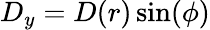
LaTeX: D_{y}=D(r)\sin(\phi)